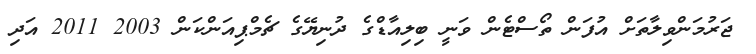
ޖަރުމަންވިލާތަށް އުފަން ތޯސްޓެން ވަނީ ބިލިއާޑްގެ ދުނިޔޭގެ ޗެމްޕިއަންކަން 2003 2011 އަދި